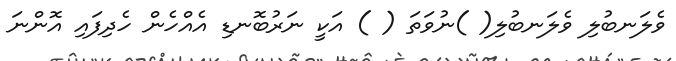
ވެލަނބުލި ވެލަނބުލި( )ނުވަތަ ( ) އަކީ ނަރުބޮނޑި އެއްހެން ހެދިފައި އޮންނަ